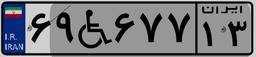
۶۹W۶۷۷۱۳